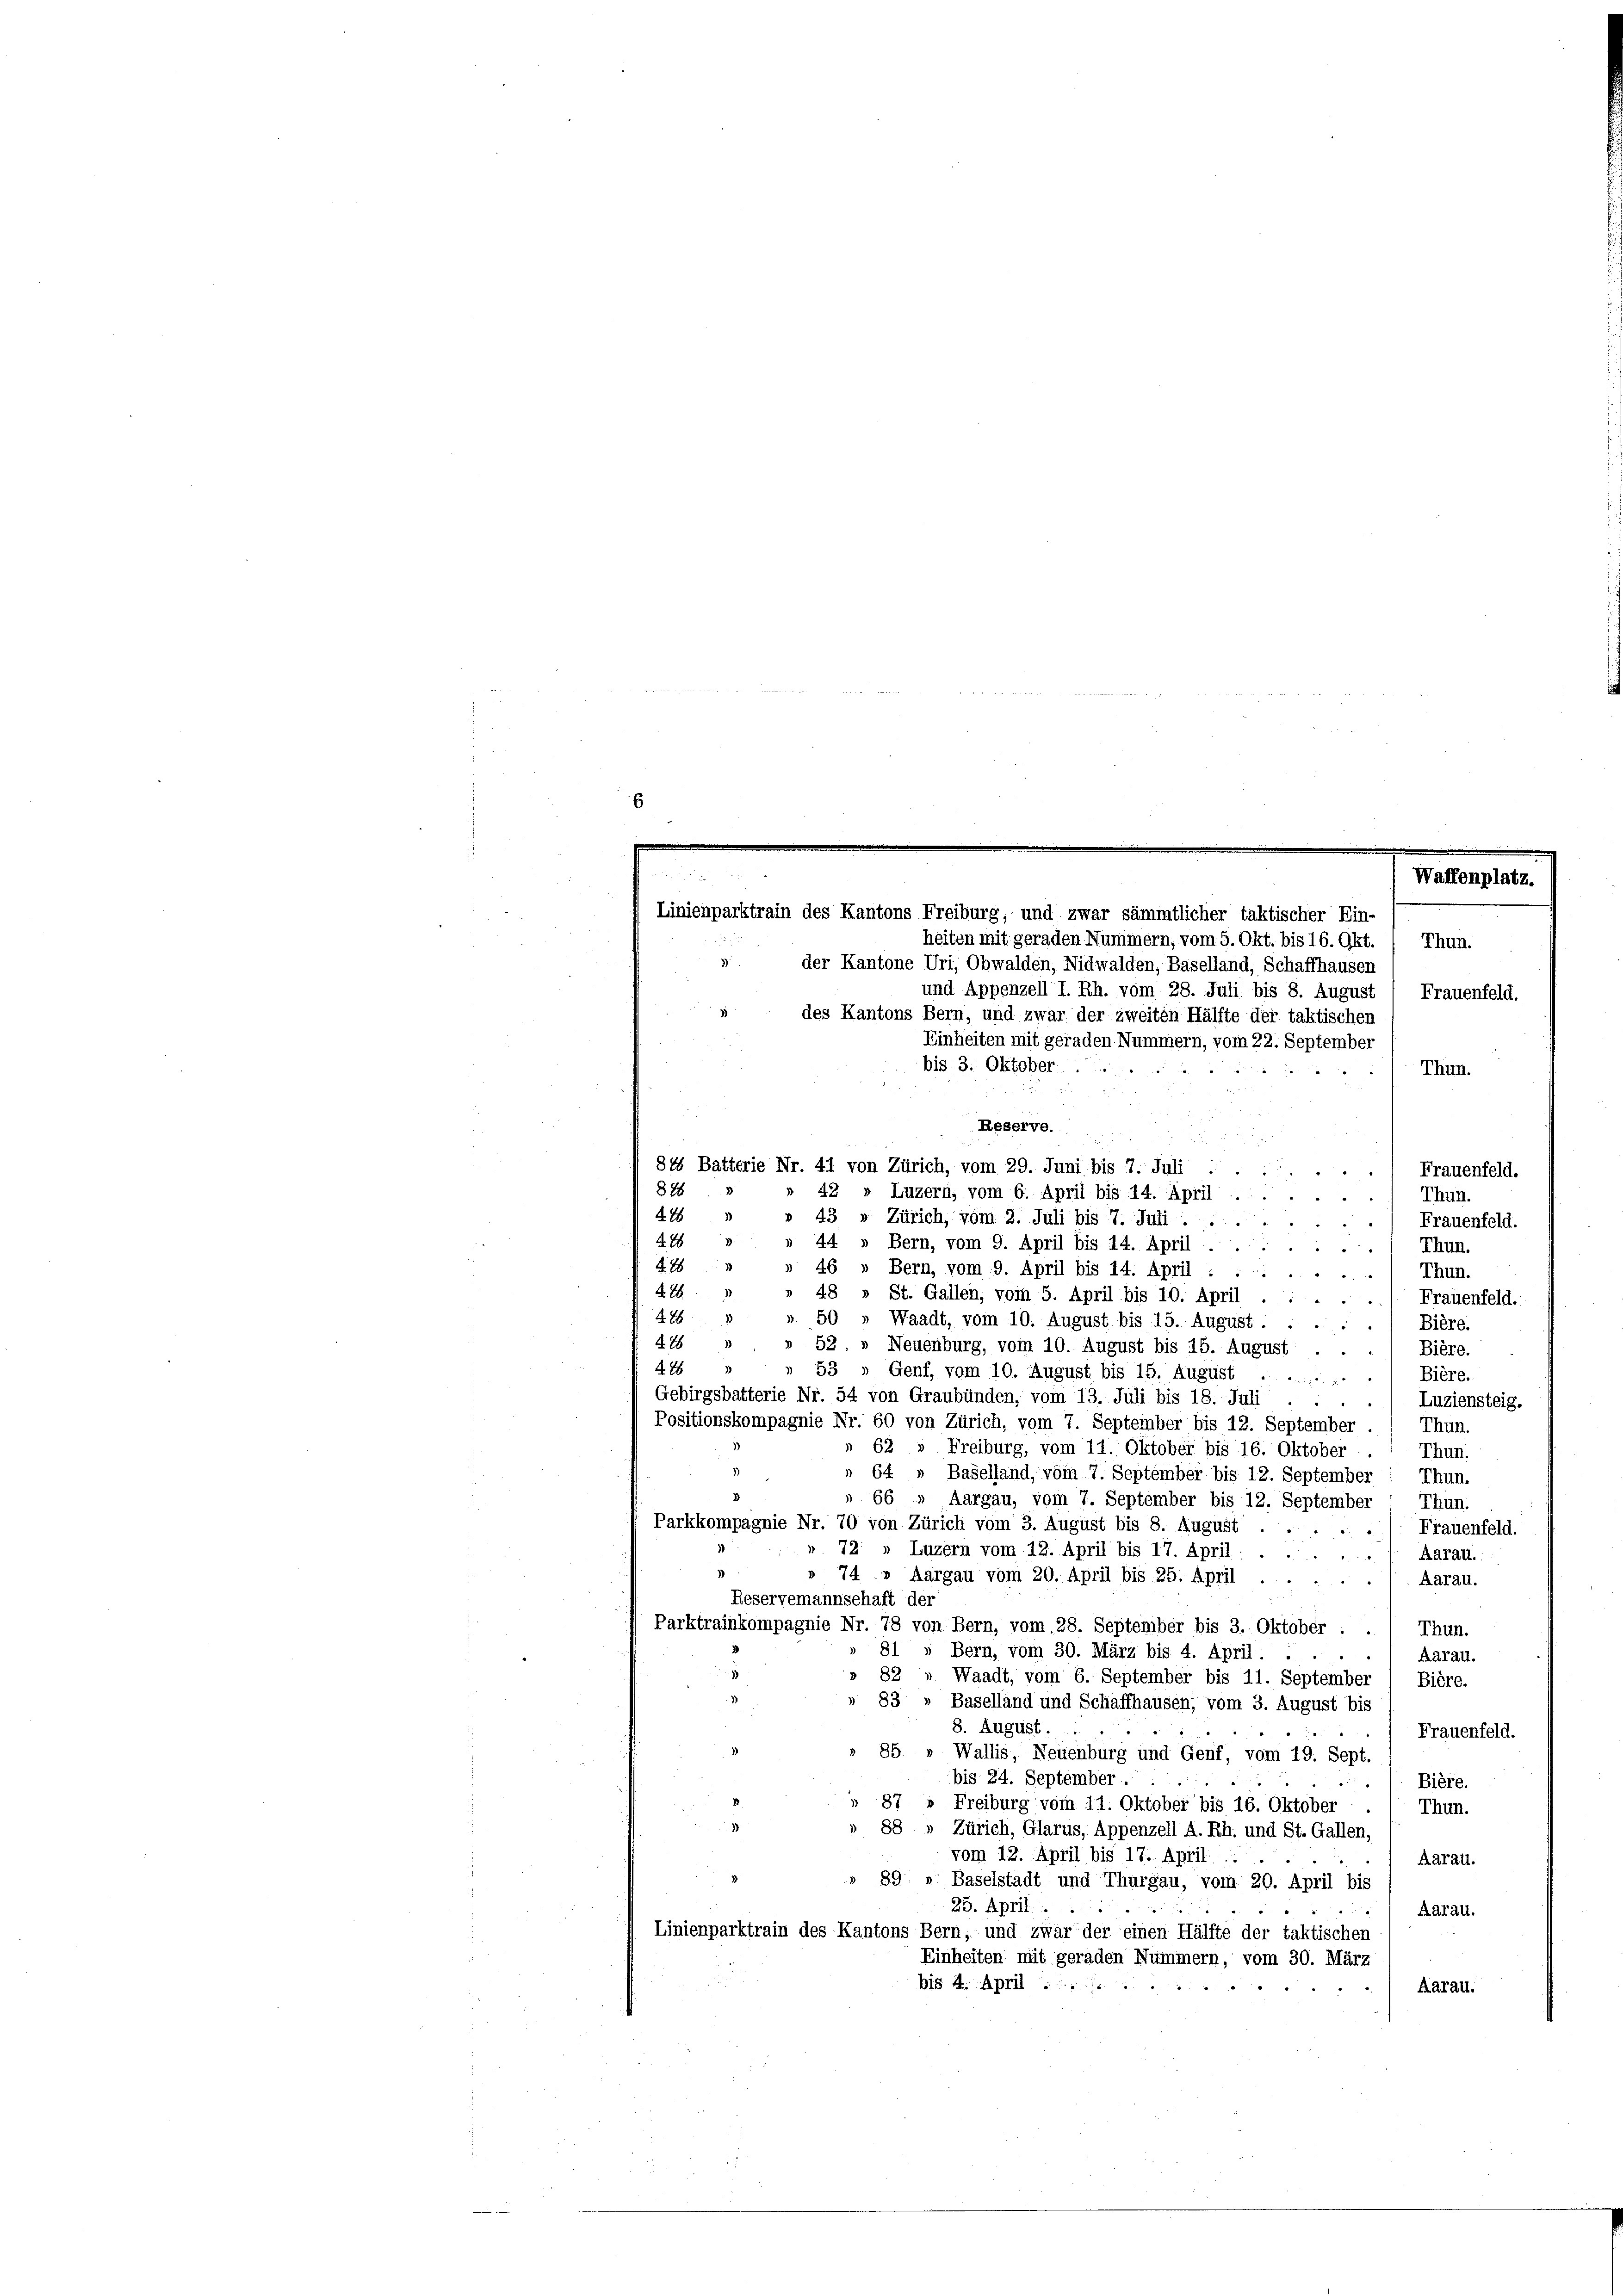
6

4
 4

Waffenplatz.

Linienparktrain des Kantons Freiburg, und zwar sämmtlicher taktischer Ein-
heiten mit geraden Nummern, vom 5. Okt. bis 16. Okt.
Thun.
der Kantone Uri, Obwalden, Nidwalden, Baselland, Schaffhausen,
und Appenzell I. Rh. vom 28. Juli bis 8. August
Frauenfeld.
3
des Kantons Bern, und zwar der zweiten Hälfte der taktischen
Einheiten mit geraden Nummern, vom 22. September
bis 3. Oktober.
Thun.
Reserve.
815 Batterie Nr. 41 von Zürich, vom 29. Juni bis 7. Juli
2 x
Frauenfeld.

828
42 » Luzern, vom 6. April bis 14. April ...
Thun.
425
43 » Zürich, vom 2. Juli bis 7. Juli .....
Frauenfeld.
4. 18
44 » Bern, vom 9. April bis 14. April ...
Thun.
4 18
46 » Bern, vom 9. April bis 14. April
Thun.
§ 76
48 » St. Gallen, vom 5. April bis 10. April
Frauenfeld.
226
50 » Waadt, vom 10. August bis 15. August.
Bière.
428
52. » Neuenburg, vom 10. August bis 15. August
Bière.
428
53 " Genf, vom 10. August bis 15. August
Bière.
Gebirgsbatterie Nr. 54 von Graubünden, vom 13. Juli bis 18. Juli
Luziensteig.

Positionskompagnie Nr. 60 von Zürich, vom 7. September bis 12. September
Thun.
62 » Freiburg, vom 11. Oktober bis 16. Oktober
Thun.
 64 „ Baselland, vom 7. September bis 12. September
Thun.
2
66.
Aargau, vom 7. September bis 12. September
Thun.
Parkkompagnie Nr. 70 von Zürich vom 3. August bis 8. August
Frauenfeld.
» 72: » Luzern vom 12. April bis 17. April.
Aarau.
74» Aargau vom 20. April bis 25. April
Aarau.
Reservemannschaft der
Parktrainkompagnie Nr. 78 von Bern, vom 28. September bis 3. Oktober . .
Thun.
81
Bern, vom 30. März bis 4. April: .
.
Aarau.
 88
Waadt, vom 6. September bis 11. September Bière.
» 83 » Baselland und Schaffhausen; vom 3. August bis
8. August.
Frauenfeld.
85 » Wallis, Neuenburg und Genf, vom 19. Sept.
bis 24. September.
Bière.
» 87 " Freiburg vom 11. Oktober bis 16. Oktober
Thun.
88 » Zürich, Glarus, Appenzell A. Rh. und St. Gallen.
vom 12. April bis 17. April
Aarau.
89 » Baselstadt und Thurgau, vom 20. April bis
25. April
Aarau.
Linienparktrain des Kantons Bern, und zwar der einen Hälfte der taktischen
Einheiten mit geraden Nummern, vom 30. März
bis 4. April . . . 1
Aarau.